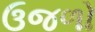
ઉજળો